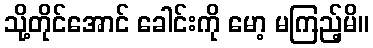
သို့တိုင်အောင် ခေါင်းကို မော့ မကြည့်မိ။